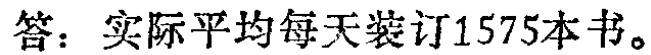
答：实际平均每天装订1575本书。